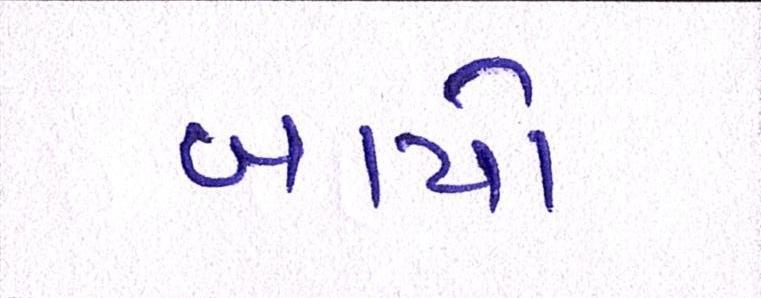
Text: બાયો